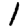
Digit: 1